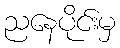
ညနေပိုင်းမှ